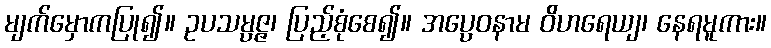
မျက်မှောကပြု၍။ ဥပသမ္ပဇ္ဇ၊ ပြည့်စုံစေ၍။ အပ္ပေဝနာမ ဝိဟရေယျ၊ နေရမူကား။